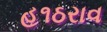
હ૧ઠરાવ